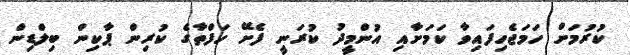
ކުރުމަށް ހަމަޖެހިފައިވާ ކަމަށާއި އުންމީދު ކުރަނީ ފެށޭ ހަފްތާގެ ކުރިން ޕާކިން ބިލްޑިން